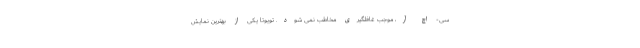
سی- اچ آر، موجب غافلگیری مخاطب نمی شود. تویوتا یکی از بهترین نمایش